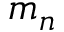
m _ { n }